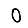
Digit: 0